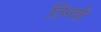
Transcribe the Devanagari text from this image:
तिनशे